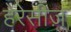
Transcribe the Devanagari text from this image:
हेरेसीज़